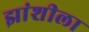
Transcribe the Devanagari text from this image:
झांशीला